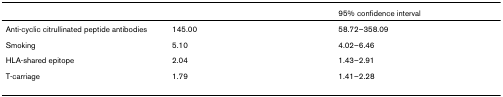
<table><thead><tr><td>[EMPTY_CELL]</td><td>[EMPTY_CELL]</td><td><b>95% confidence interval</b></td></tr></thead><tbody><tr><td>Anti-cyclic citrullinated peptide antibodies</td><td>145.00</td><td>58.72–358.09</td></tr><tr><td>Smoking</td><td>5.10</td><td>4.02–6.46</td></tr><tr><td>HLA-shared epitope</td><td>2.04</td><td>1.43–2.91</td></tr><tr><td>T-carriage</td><td>1.79</td><td>1.41–2.28</td></tr></tbody></table>